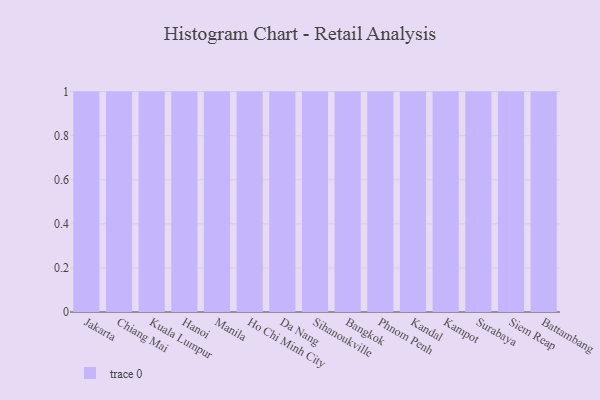
{"axis": {"x": "City", "y": "Operating Costs (USD K)"}, "legend": [""], "data": [{"x": "Jakarta", "y": 67, "type": ""}, {"x": "Chiang Mai", "y": 23, "type": ""}, {"x": "Kuala Lumpur", "y": 55, "type": ""}, {"x": "Hanoi", "y": 95, "type": ""}, {"x": "Manila", "y": 14, "type": ""}, {"x": "Ho Chi Minh City", "y": 40, "type": ""}, {"x": "Da Nang", "y": 12, "type": ""}, {"x": "Sihanoukville", "y": 12, "type": ""}, {"x": "Bangkok", "y": 4, "type": ""}, {"x": "Phnom Penh", "y": 75, "type": ""}, {"x": "Kandal", "y": 15, "type": ""}, {"x": "Kampot", "y": 94, "type": ""}, {"x": "Surabaya", "y": 35, "type": ""}, {"x": "Siem Reap", "y": 66, "type": ""}, {"x": "Battambang", "y": 55, "type": ""}]}